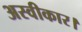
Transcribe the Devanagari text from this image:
अस्वीकार।